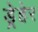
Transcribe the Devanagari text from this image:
ड्रेहेर